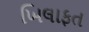
ખિલાફત